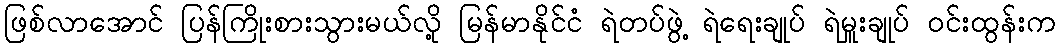
ဖြစ်လာအောင် ပြန်ကြိုးစားသွားမယ်လို့ မြန်မာနိုင်ငံ ရဲတပ်ဖွဲ့ ရဲရေးချုပ် ရဲမှူးချုပ် ဝင်းထွန်းက